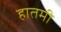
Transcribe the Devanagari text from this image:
हातमी